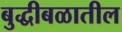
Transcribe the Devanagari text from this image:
बुद्धीबळातील